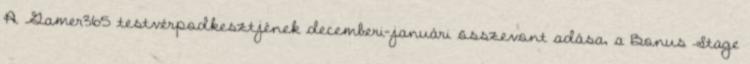
A Gamer365 testvérpodkesztjének decemberi-januári összevont adása, a Bonus Stage